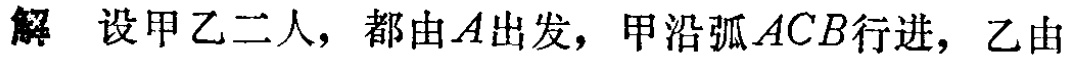
解 设甲乙二人，都由\(A\)出发，甲沿弧\(ACB\)行进，乙由